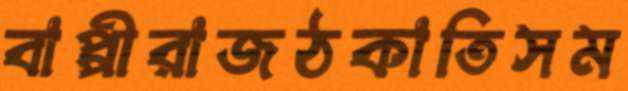
বাপ্পীরাজঠকাতিসম